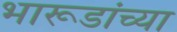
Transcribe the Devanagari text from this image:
भारूडांच्या